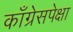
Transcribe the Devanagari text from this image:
काँग्रेसपेक्षा